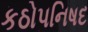
કઠોપનિષદ